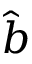
\hat { b }